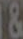
&